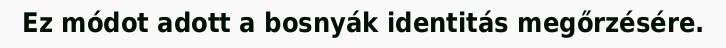
Ez módot adott a bosnyák identitás megőrzésére.